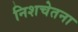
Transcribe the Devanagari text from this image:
निशचेतना